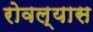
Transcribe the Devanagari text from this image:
रोवल्यास